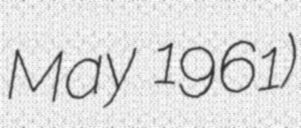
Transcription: May 1961)